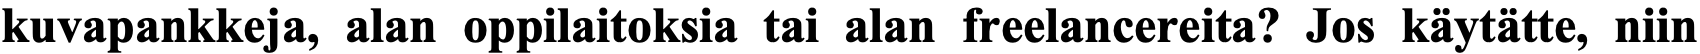
kuvapankkeja, alan oppilaitoksia tai alan freelancereita? Jos käytätte, niin